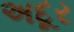
અદૂર